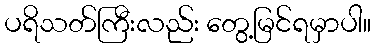
ပရိသတ်ကြီးလည်း တွေ့မြင်ရမှာပါ။